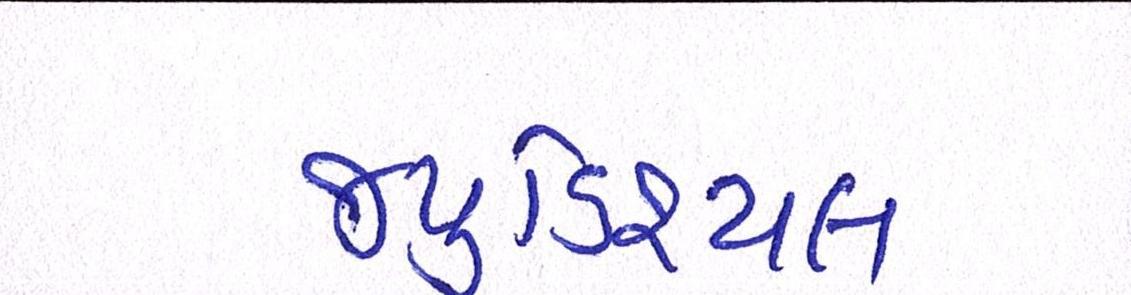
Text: જ્યુડિશ્યલ